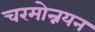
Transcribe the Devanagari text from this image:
चरमोन्नयन